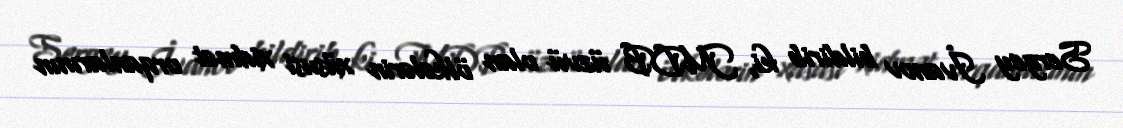
Sergey İvanov bildirib ki, MDB üzvü olan ölkələrin xüsusi xidmət orqanlarının